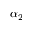
\alpha _ { 2 }